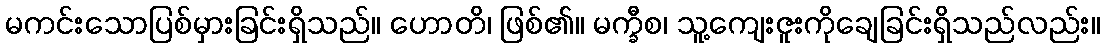
မကင်းသောပြစ်မှားခြင်းရှိသည်။ ဟောတိ၊ ဖြစ်၏။ မက္ခီစ၊ သူ့ကျေးဇူးကိုချေခြင်းရှိသည်လည်း။